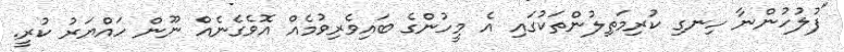
"ފުލުހުންނާ ހިނގި ކުރިމަތިލުންތަކުގައި އެ މީހުންގެ ބައިވެރިވުމެއް އޮވެގެނެއް ނޫން ހައްޔަރު ކުރީ.